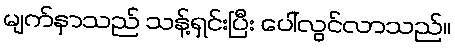
မျက်နှာသည် သန့်ရှင်းပြီး ပေါ်လွင်လာသည်။